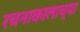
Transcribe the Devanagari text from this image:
रचनाकालाच्या